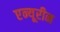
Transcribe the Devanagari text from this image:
एन्यूरीन